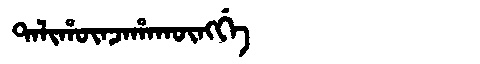
Manchu: ᡨᠠᠯᡳᡥᡡᠨᠵᠠᡥᠠᡴᡡᠩᡤᡝ
Romanization: TALIHŪNJAHAKŪNGGE